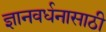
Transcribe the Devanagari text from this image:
ज्ञानवर्धनासाठी